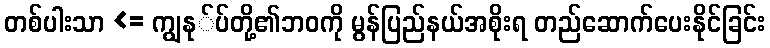
တစ်ပါးသာ <= ကျွနု်ပ်တို့၏ဘဝကို မွန်ပြည်နယ်အစိုးရ တည်ဆောက်ပေးနိုင်ခြင်း